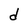
Character: d